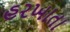
હરખાતા